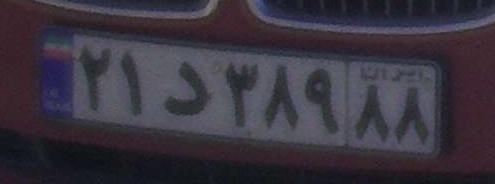
۲۱د۳۸۹۸۸